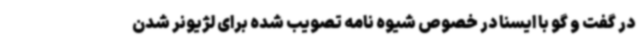
در گفت و گو با ایسنا در خصوص شیوه نامه تصویب شده برای لژیونر شدن